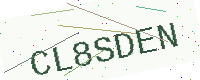
Text: CL8SDEN